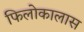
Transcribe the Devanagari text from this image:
फिलोकालास